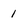
Character: 1